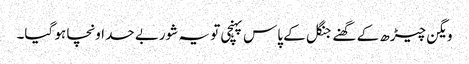
ویگن چیڑھ کے گھنے جنگل کے پاس پہنچی تو یہ شوربے حد اونچا ہو گیا۔